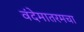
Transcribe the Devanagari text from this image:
वंदेमातरमचा